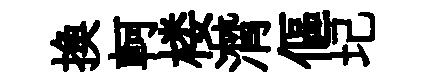
換軻楼潸傴圮